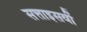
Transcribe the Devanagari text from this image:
सत्ताइसवीं